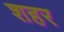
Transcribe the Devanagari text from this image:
शहर